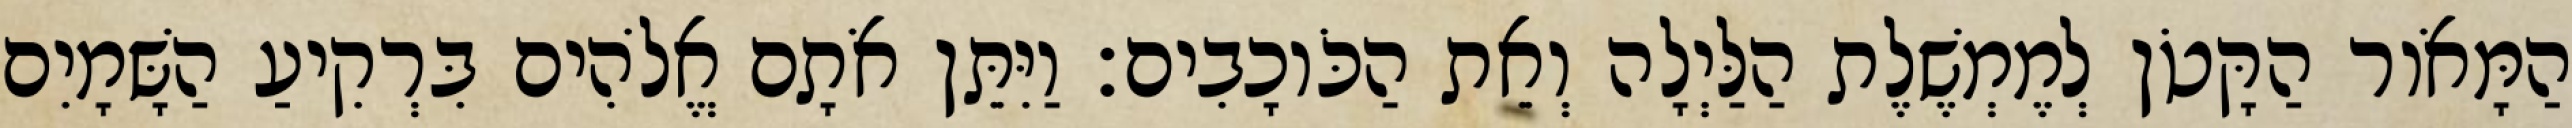
הַמָּאֹור הַקָּטֹן לְמֶמְשֶׁלֶת הַלַּיְלָה וְאֵת הַכֹּוכָבִים׃ וַיִּתֵּן אֹתָם אֱלֹהִים בִּרְקִיעַ הַשָּׁמָיִם